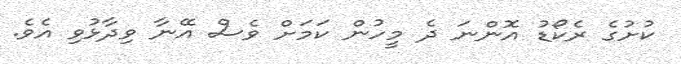
ކުށުގެ ރެކޯޑު އޮންނަ ދެ މީހުން ކަމަށް ވެސް އޭނާ ވިދާޅުވި އެވެ.